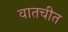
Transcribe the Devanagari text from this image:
वातचीत